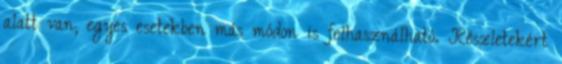
alatt van; egyes esetekben más módon is felhasználható. Részletekért